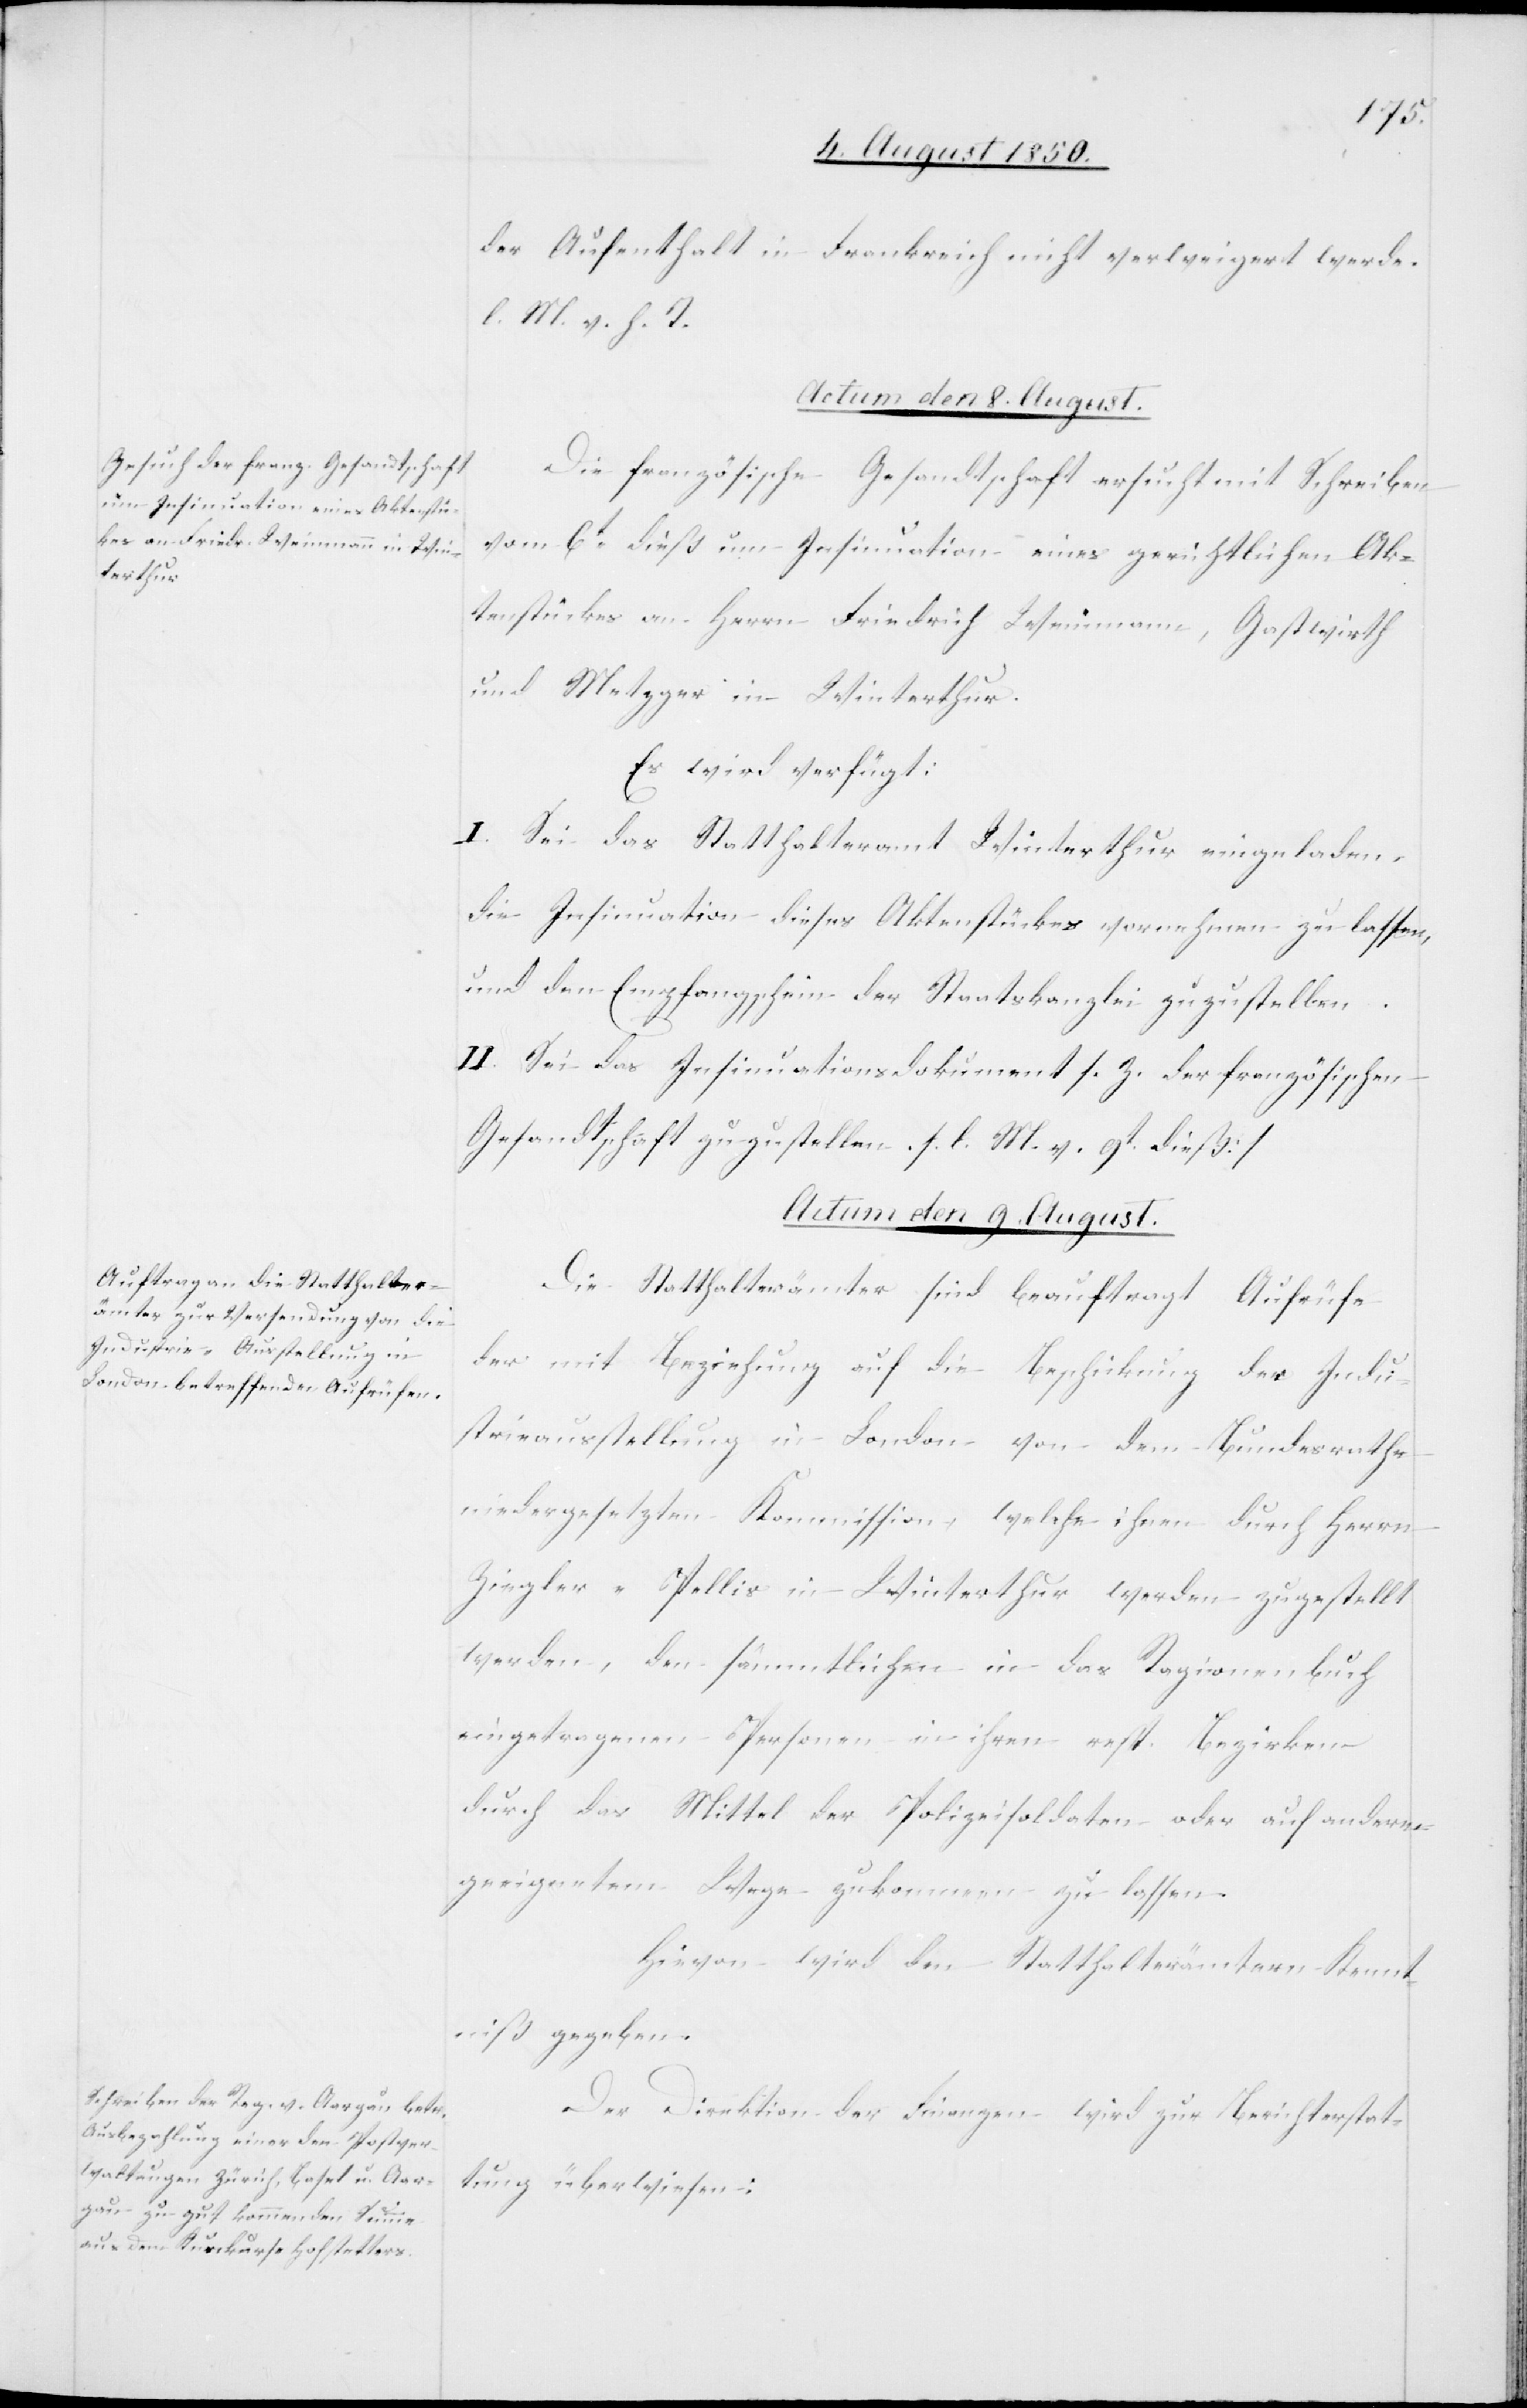
der Aufenthalt in Frankreich nicht verweigert werde.
l. M. v. h. T.
Actum den 8. August.
Die französische Gesandtschaft ersucht mit Schreiben
vom 6t dieß um Insinuation eines gerichtlichen Ak¬
tenstückes an Herrn Friedrich Weinmann, Gastwirth
und Metzger in Winterthur.
Es wird verfügt:
I. Sei das Statthalteramt Winterthur eingeladen,
die Insinuation dieses Aktenstückes vornehmen zu lassen,
und den Empfangschein der Staatskanzlei zuzustellen.
II. Sei das Insinuationsdokument s. Z. der französischen
Gesandtschaft zuzustellen. [l. M. v. 9t dieß]
Actum den 9. August.]
Die Statthalterämter sind beauftragt Aufrüfe
der mit Beziehung auf die Beschickung der Indu¬
strieausstellung in London von dem Bundesrathe
niedergesetzten Kommission, welche ihnen durch Herrn
Ziegler-Pellis in Winterthur werden zugestellt
werden, den sämmtlichen in das Ragionenbuch
eingetragenen Personen in ihren resp. Bezirken
durch das Mittel der Polizeisoldaten oder auf anderm
geeignetem Wege zukommen zu lassen.
Hievon wird den Statthalterämtern Kennt¬
niß gegeben.
Der Direktion der Finanzen wird zur Berichterstat¬
tung überwiesen: